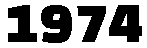
1974